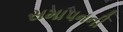
સમાપનની